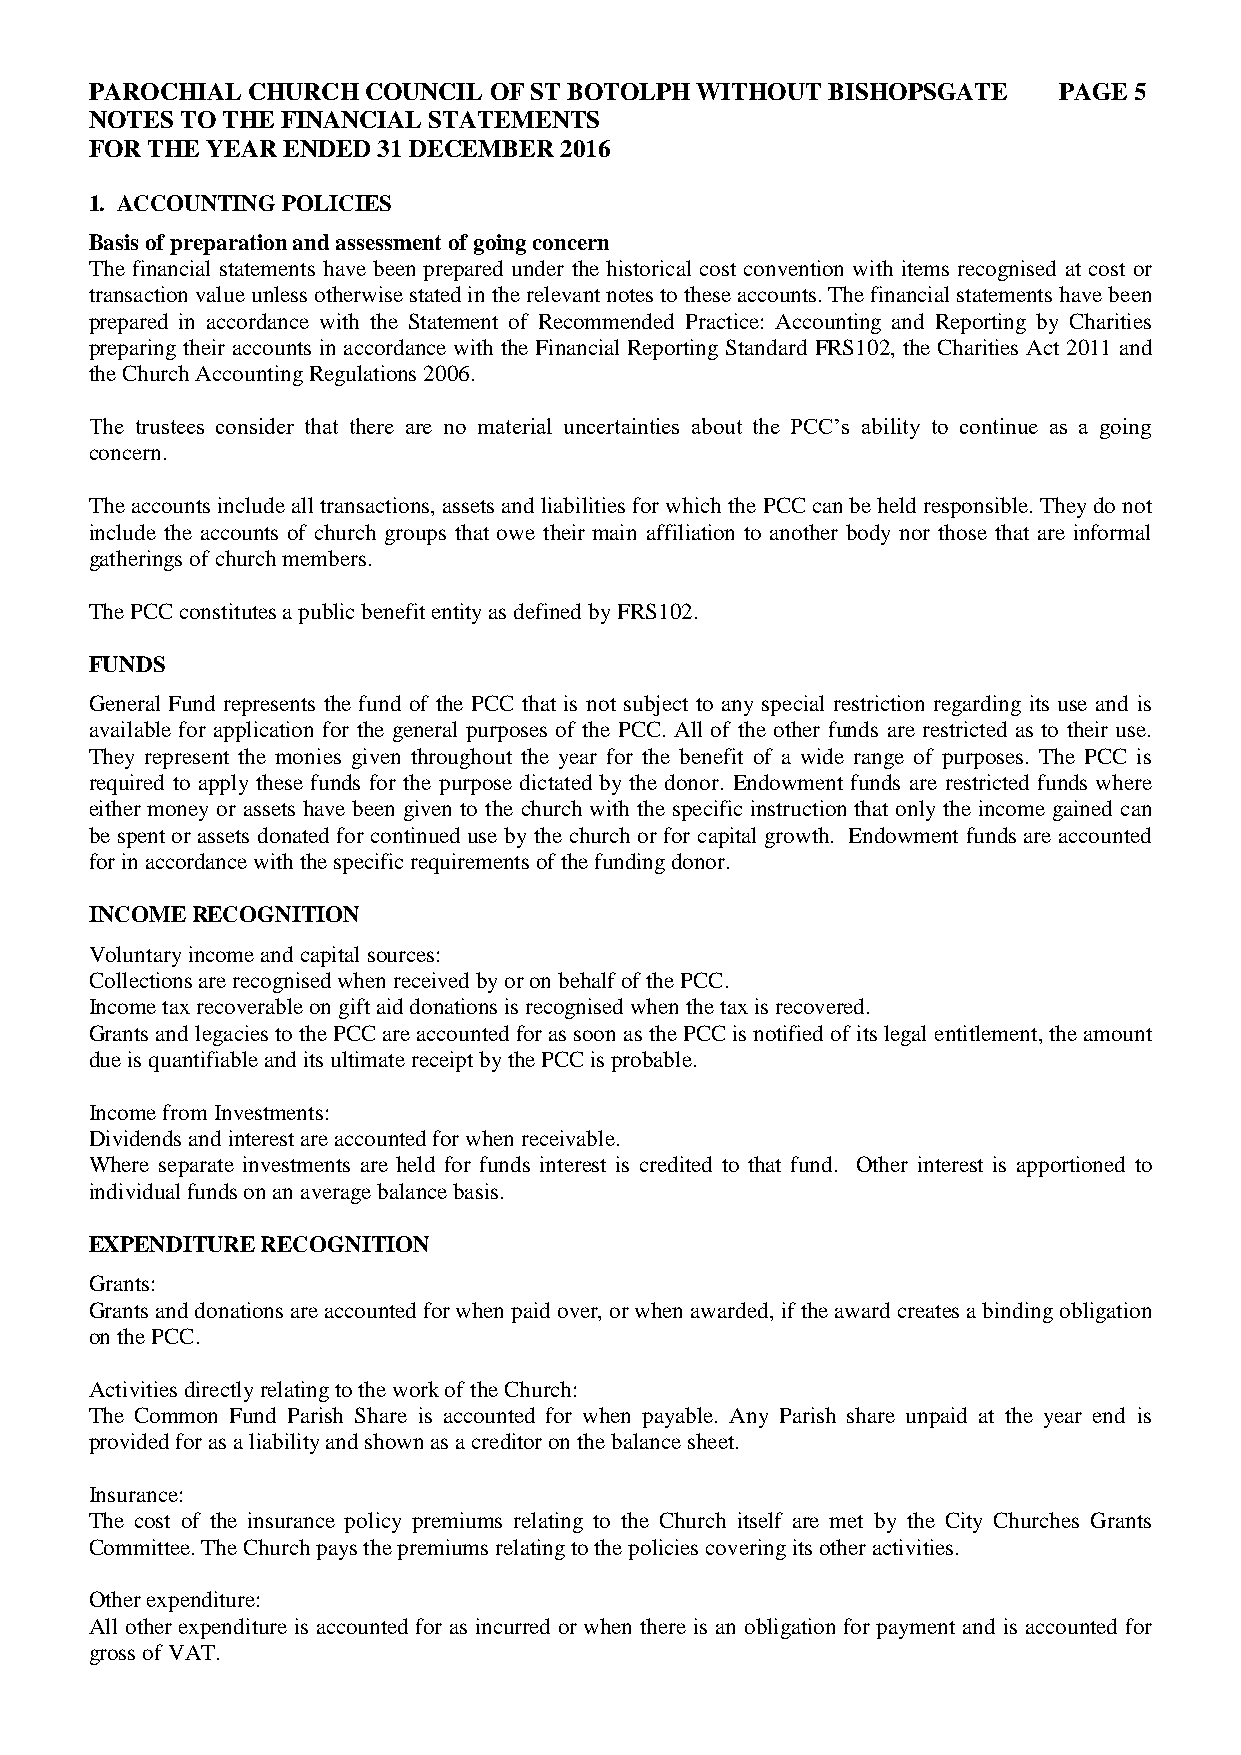
PAROCHIAL CHURCH  COUNCIL OF ST BOTOLPH WITHOUT  BISHOPSGATE    PAGE 5
 NOTES TO THE FINANCIAL STATEMENTS
 FOR THE YEAR ENDED 31 DECEMBER 2016
 1. ACCOUNTING POLICIES
 Basis of preparation and assessment of going concern
 The financial statements have been prepared under the historical cost convention with items recognised at cost or
 transaction value unless otherwise stated in the relevant notes to these accounts. The financial statements have been
 prepared in accordance with the Statement of Recommended Practice: Accounting and Reporting by Charities
 preparing their accounts in accordance with the Financial Reporting Standard FRS102, the Charities Act 2011 and
 the Church Accounting Regulations 2006.
 The trustees consider that there are no material uncertainties about the PCC’s ability to continue as a going
 concern.
 The accounts include all transactions, assets and liabilities for which the PCC can be held responsible. They do not
 include the accounts of church groups that owe their main affiliation to another body nor those that are informal
 gatherings of church members.
 The PCC constitutes a public benefit entity as defined by FRS102.
 FUNDS
 General Fund represents the fund of the PCC that is not subject to any special restriction regarding its use and is
 available for application for the general purposes of the PCC. All of the other funds are restricted as to their use.
 They represent the monies given throughout the year for the benefit of a wide range of purposes. The PCC is
 required to apply these funds for the purpose dictated by the donor. Endowment funds are restricted funds where
 either money or assets have been given to the church with the specific instruction that only the income gained can
 be spent or assets donated for continued use by the church or for capital growth. Endowment funds are accounted
 for in accordance with the specific requirements of the funding donor.
 INCOME RECOGNITION
 Voluntary income and capital sources:
 Collections are recognised when received by or on behalf of the PCC.
 Income tax recoverable on gift aid donations is recognised when the tax is recovered.
 Grants and legacies to the PCC are accounted for as soon as the PCC is notified of its legal entitlement, the amount
 due is quantifiable and its ultimate receipt by the PCC is probable.
 Income from Investments:
 Dividends and interest are accounted for when receivable.
 Where separate investments are held for funds interest is credited to that fund. Other interest is apportioned to
 individual funds on an average balance basis.
 EXPENDITURE RECOGNITION
 Grants:
 Grants and donations are accounted for when paid over, or when awarded, if the award creates a binding obligation
 on the PCC.
 Activities directly relating to the work of the Church:
 The Common Fund Parish Share is accounted for when payable. Any Parish share unpaid at the year end is
 provided for as a liability and shown as a creditor on the balance sheet.
 Insurance:
 The cost of the insurance policy premiums relating to the Church itself are met by the City Churches Grants
 Committee. The Church pays the premiums relating to the policies covering its other activities.
 Other expenditure:
 All other expenditure is accounted for as incurred or when there is an obligation for payment and is accounted for
 gross of VAT.